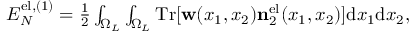
\begin{array} { r } { { \cal E } _ { N } ^ { \ensuremath { \mathrm { e l } } , ( 1 ) } = \frac { 1 } { 2 } \int _ { \Omega _ { L } } \int _ { \Omega _ { L } } \ensuremath { \mathrm { T r } } [ \ensuremath { \mathbf { w } } ( x _ { 1 } , x _ { 2 } ) \ensuremath { \mathbf { n } } _ { 2 } ^ { \ensuremath { \mathrm { e l } } } ( x _ { 1 } , x _ { 2 } ) ] \ensuremath { \mathrm { d } } x _ { 1 } \ensuremath { \mathrm { d } } x _ { 2 } , } \end{array}